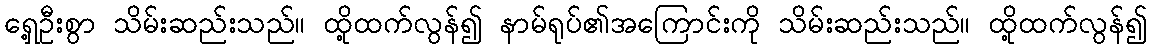
ရှေ့ဦးစွာ သိမ်းဆည်းသည်။ ထို့ထက်လွန်၍ နာမ်ရုပ်၏အကြောင်းကို သိမ်းဆည်းသည်။ ထို့ထက်လွန်၍